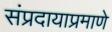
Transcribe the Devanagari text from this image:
संप्रदायाप्रमाणे